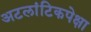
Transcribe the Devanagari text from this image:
अटलांटिकपेक्षा